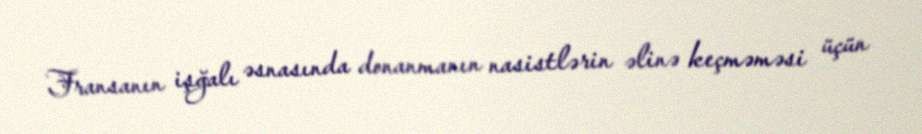
Fransanın işğalı əsnasında donanmanın nasistlərin əlinə keçməməsi üçün